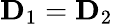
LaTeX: \mathbf{D}_{1}=\mathbf{D}_{2}